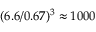
( 6 . 6 / 0 . 6 7 ) ^ { 3 } \approx 1 0 0 0